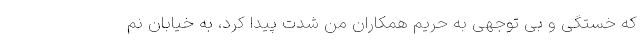
که خستگی و بی توجهی به حریم همکاران من شدت پیدا کرد، به خیابان نم